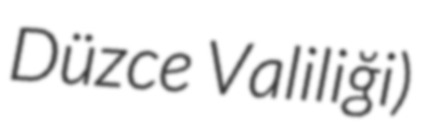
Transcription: Düzce Valiliği)